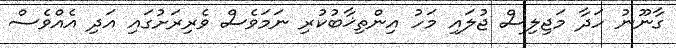
ގާނޫނު ހަދާ މަޖިލިސް ޖުލައި މަހު އިންތިޚާބުކުރި ނަމަވެސް ވެރިރަށުގައި އަދި އެއްވެސް